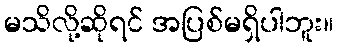
မသိလို့ဆိုရင် အပြစ်မရှိပါဘူး။